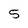
Character: 5